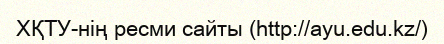
ХҚТУ-нің ресми сайты (http://ayu.edu.kz/)